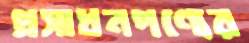
প্রসাধনপণ্যের